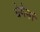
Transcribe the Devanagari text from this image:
बेर्गसां